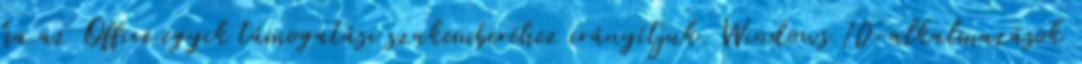
ha az Office egyik támogatási szakemberéhez irányítjuk. Windows 10-alkalmazások